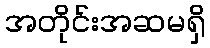
အတိုင်းအဆမရှိ